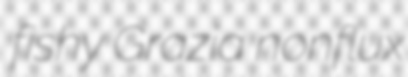
fishy Grazia nonflux